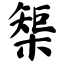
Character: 榘